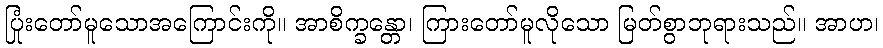
ပြုံးတော်မူသောအကြောင်းကို။ အာစိက္ခန္တော၊ ကြားတော်မူလိုသော မြတ်စွာဘုရားသည်။ အာဟ၊